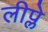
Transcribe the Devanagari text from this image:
लीप्ले